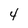
Character: 4